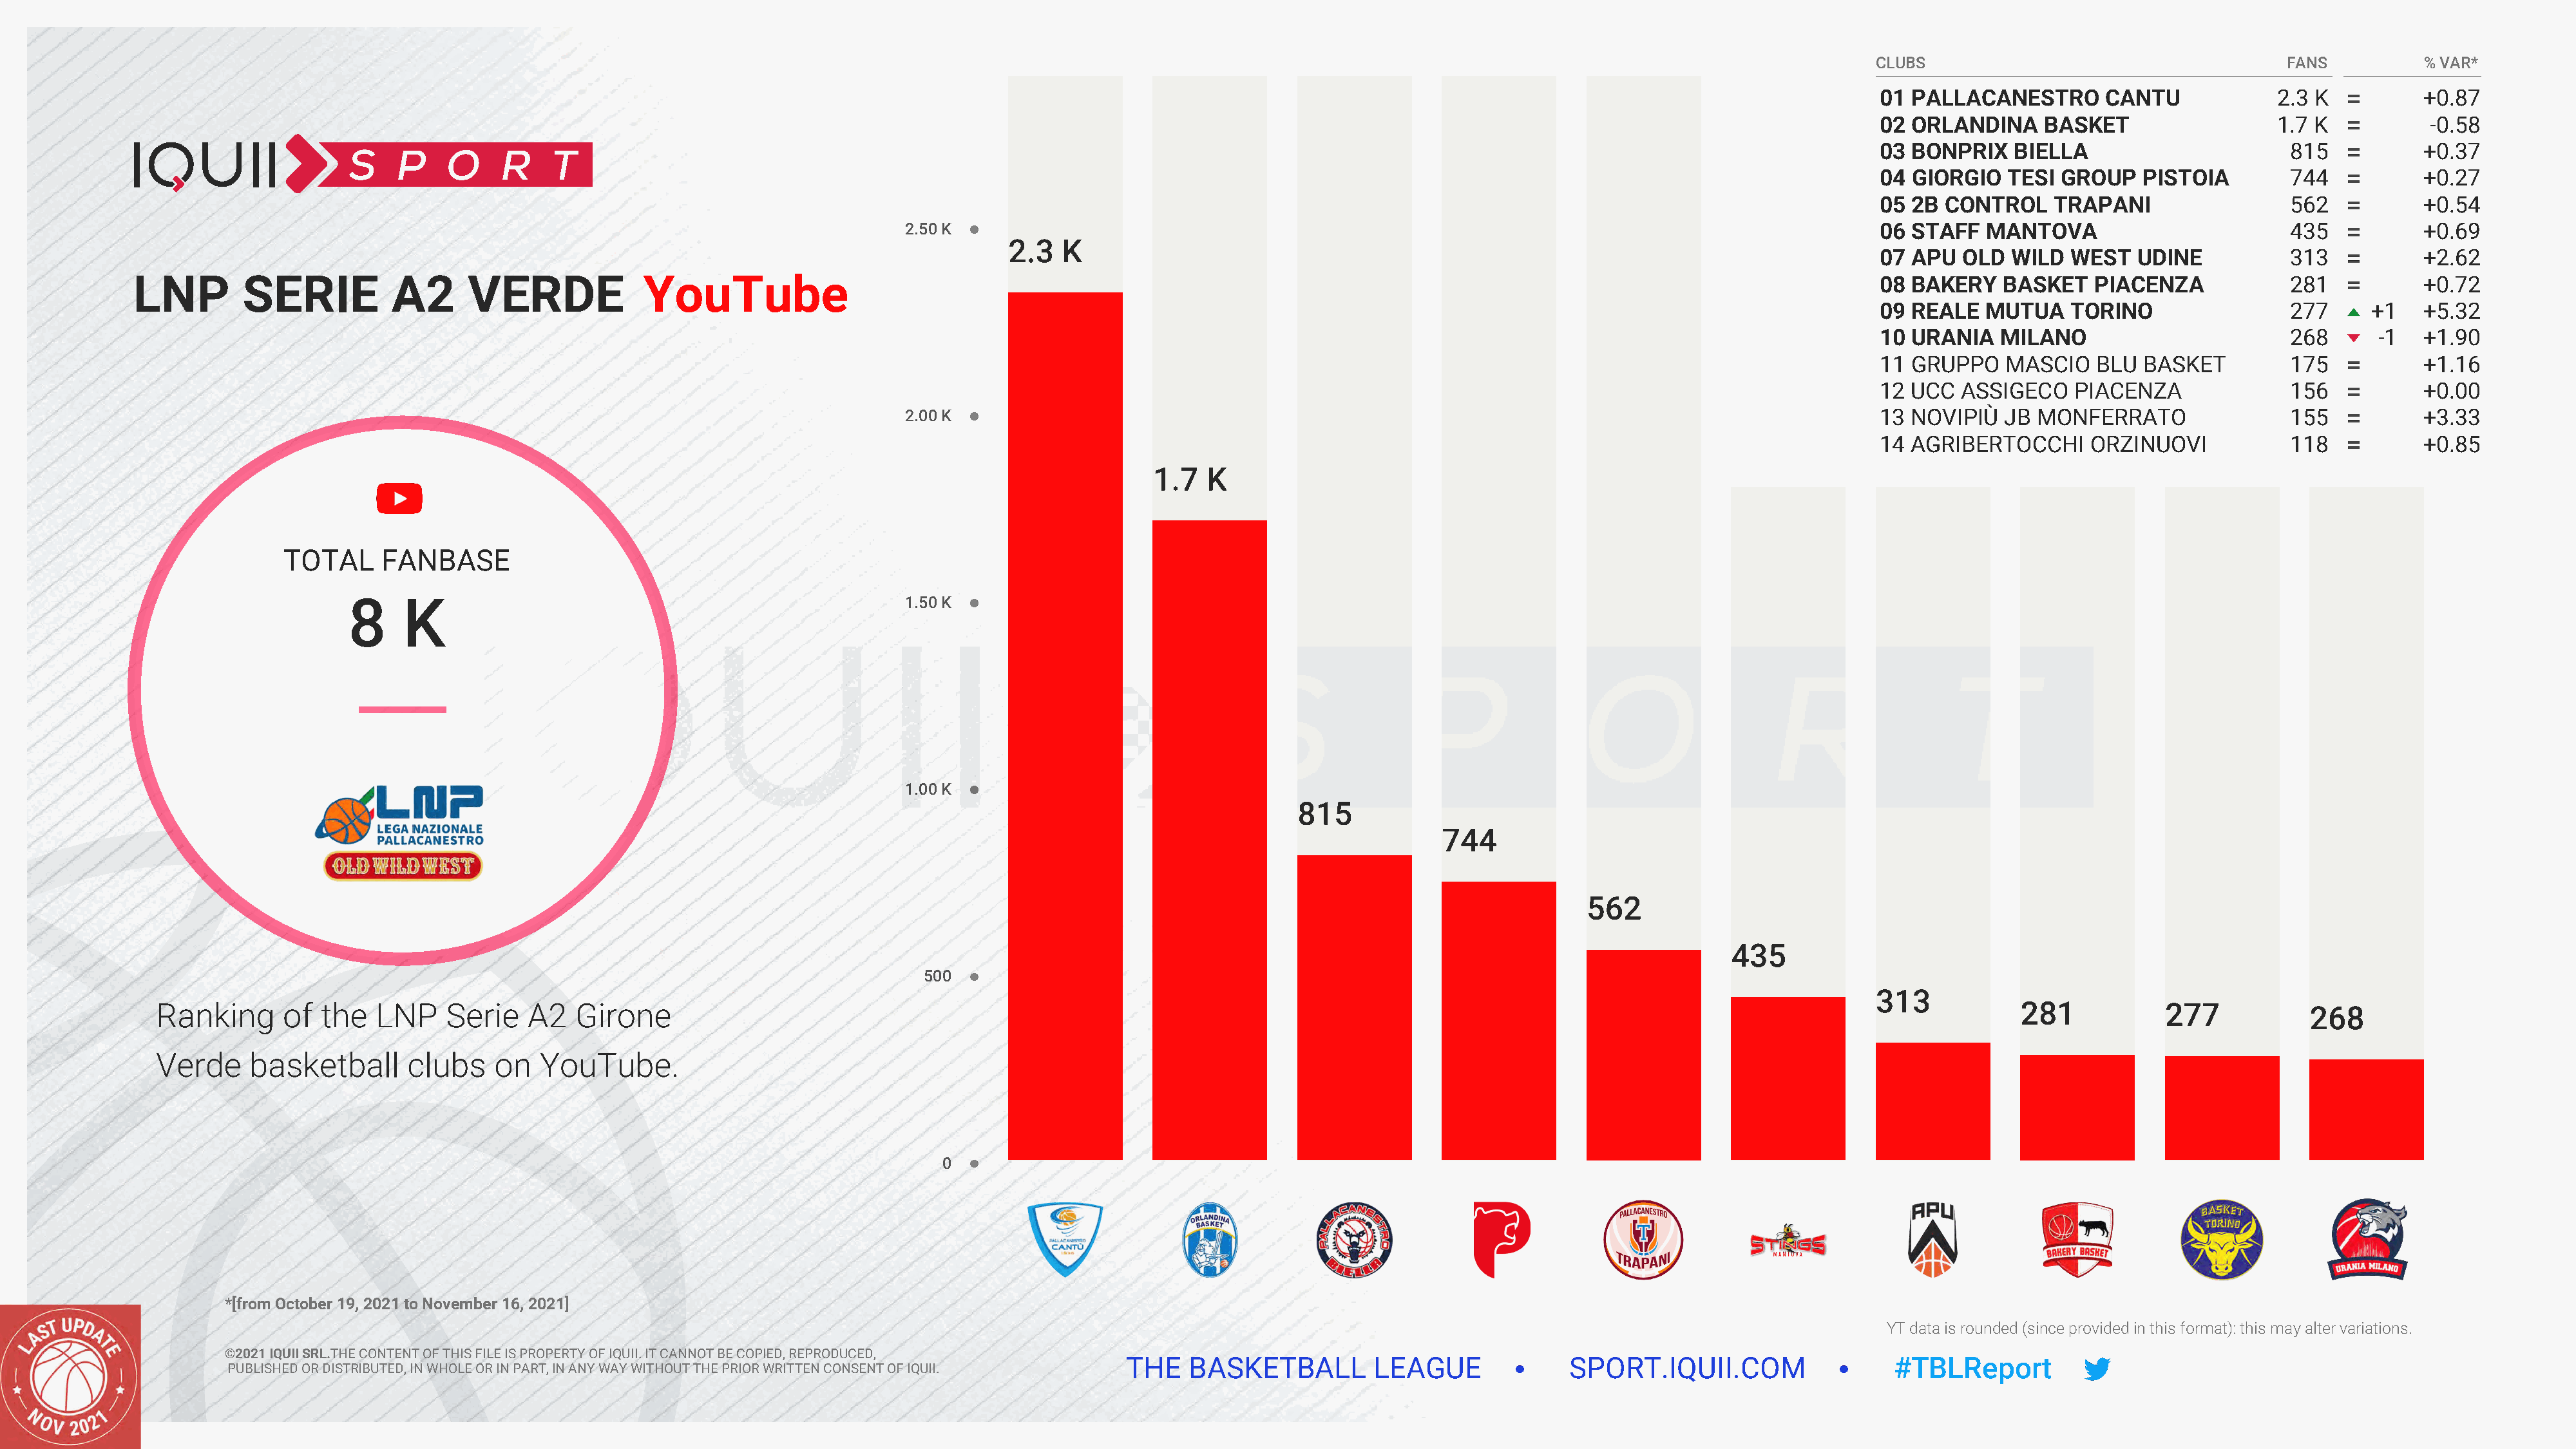
CLUBS                                     FANS          % VAR*
 01 PALLACANESTRO       CANTU             2.3 K          +0.87
 02 ORLANDINA     BASKET                  1.7 K           -0.58
 03 BONPRIX    BIELLA                      815           +0.37
 04 GIORGIO   TESI  GROUP   PISTOIA        744           +0.27
 05 2B  CONTROL    TRAPANI                 562           +0.54
 2.50 K                                                                                              06 STAFF   MANTOVA                        435           +0.69
 2.3  K
 07 APU   OLD  WILD  WEST   UDINE          313           +2.62
 LNP        SERIE          A2      VERDE             YouTube                                                                                                                        08 BAKERY    BASKET   PIACENZA            281           +0.72
 09 REALE   MUTUA    TORINO                277      +1   +5.32
 10 URANIA    MILANO                       268      -1   +1.90
 11 GRUPPO    MASCIO   BLU  BASKET         175           +1.16
 12 UCC   ASSIGECO   PIACENZA              156           +0.00
 2.00 K                                                                                              13 NOVIPIÙ   JB MONFERRATO                155           +3.33
 14 AGRIBERTOCCHI      ORZINUOVI           118           +0.85
 1.7   K
 TOTAL     FANBASE
 8    K                                                   1.50 K
 1.00 K
 815
 744
 562
 435
 500
 313
 Ranking      of  the   LNP    Serie   A2   Girone                                                                                                                                               281           277            268
 Verde     basketball      clubs    on  YouTube.
 0
 *[from October 19, 2021 to November 16, 2021]
 YT data is rounded (since provided in this format): this may alter variations.
 ©2021 IQUII SRL.THE CONTENT OF THIS FILE IS PROPERTY OF IQUII. IT CANNOT BE COPIED, REPRODUCED,
 THE   BASKETBALL         LEAGUE              SPORT.IQUII.COM                   #TBLReport
 PUBLISHED OR DISTRIBUTED, IN WHOLE OR IN PART, IN ANY WAY WITHOUT THE PRIOR WRITTEN CONSENT OF IQUII.